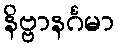
နိဗ္ဗာနင်္ဂမာ